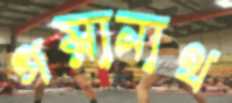
গয়ানাথ